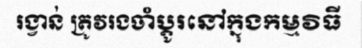
រង្វាន់ ត្រូវរងចាំប្តូរនៅក្នុងកម្មវិធី